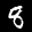
Label: 8